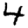
Digit: 4